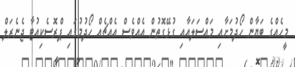
މީހެއްގެ ބަޔާން ހޯދުމަށާއި މައްސަލައާއި ގުޅޭގޮތުން އެއްވެސް އެއްޗެއް ހޯދުމުގައި ޕްރޮސެކިއުޓާ ޖެނެރަލް